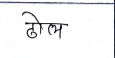
मजकूर: ढोल